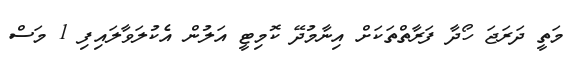
މަތީ ދަރަޖަ ހޯދާ ފަރާތްތަކަށް އިނާމުދޭ ކޮމިޓީ އަލުން އެކުލަވާލައިފި 1 މަސް